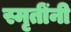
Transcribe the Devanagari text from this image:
स्मृतींनी